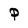
Character: P